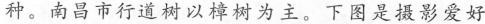
种。南昌市行道树以樟树为主。下图是摄影爱好